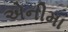
એનીમા